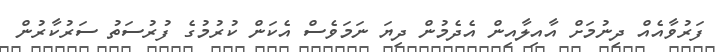
ފަރުވާއެއް ދިނުމަށް އާއިލާއިން އެދެމުން ދިޔަ ނަމަވެސް އެކަން ކުރުމުގެ ފުރުސަތު ސަރުކާރުން